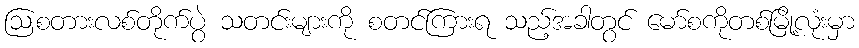
ဩစတားလစ်တိုက်ပွဲ သတင်းများကို စတင်ကြားရ သည့်အခါတွင် မော်စကိုတစ်မြို့လုံးမှာ